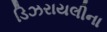
ડિઝરાયલીના